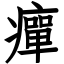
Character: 癉